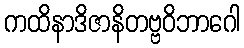
ကထိနာဒိဇာနိတဗ္ဗဝိဘာဂေါ